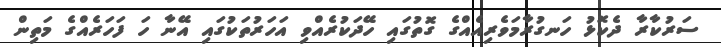
ސަރުކާރާ ދެކޮޅު ހަނގުރާމަވެރިއެއްގެ ގޮތުގައި ހޭދަކުރެއްވި އަހަރުތަކުގައި އޭނާ ހަ ފަހަރެއްގެ މަތިން